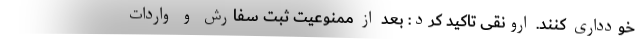
خودداری کنند. ارونقی تاکید کرد: بعد از ممنوعیت ثبت سفارش و واردات